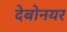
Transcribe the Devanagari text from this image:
देबोनयर